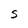
Character: S